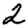
Digit: 2